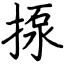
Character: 揼